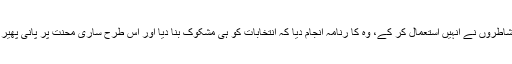
اور شاطروں نے انہیں استعمال کر کے، وہ کا رنامہ انجام دیا کہ انتخابات کو ہی مشکوک بنا دیا اور اس طرح ساری محنت پر پانی پھیر دیا؟